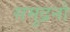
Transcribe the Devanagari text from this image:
समुद्रनो